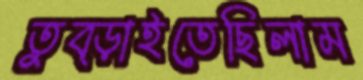
তুব্‌ড়াইতেছিলাম